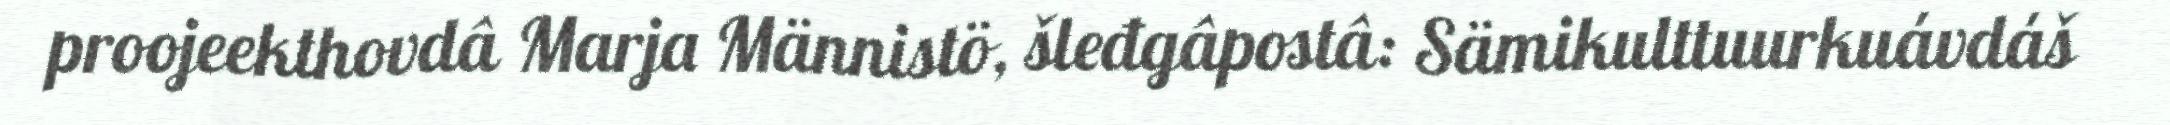
proojeekthovdâ Marja Männistö, šleđgâpostâ: Sämikulttuurkuávdáš